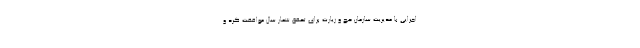
اجرایی با مدیریت سازمان حج و زیارت برای تحقق شعار سال موافقت کرد و